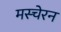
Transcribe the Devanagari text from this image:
मस्चेरन